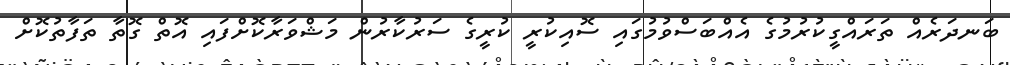
ބަނދަރެއް ތަރައްގީކުރުމުގެ އެއްބަސްވުމުގައި ސޮއިކުރީ ކުރީގެ ސަރުކާރުން މަޝްވަރާކޮށްފައި އޮތް ގޮތާ ތަފާތުކޮށް